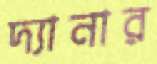
দ্যানার